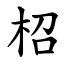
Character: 柖